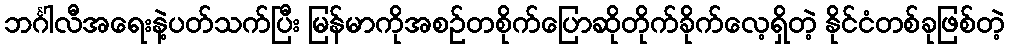
ဘင်္ဂါလီအရေးနဲ့ပတ်သက်ပြီး မြန်မာကိုအစဉ်တစိုက်ပြောဆိုတိုက်ခိုက်လေ့ရှိတဲ့ နိုင်ငံတစ်ခုဖြစ်တဲ့